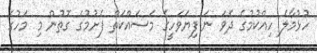
ހުޅުމާލެ ހިއްކުމުގެ ދެވަ ނަ ފިޔަވަހީގެ މަސައްކަތް ފެށުމުގެ ގޮތުން މި މަހުގެ